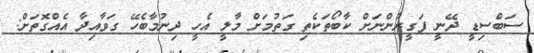
ސަބްސިޑީ ދޭނީ ފަގީރުންނަށް ކާބޯތަކެތި ގަތުމަށް މާލީ އެހީ ދިނުމާބެހޭ ގަވާއިދާ އެއްގޮތަށް: